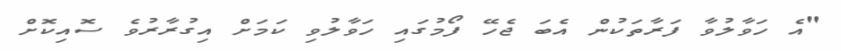
"އެ ހަވާލުވާ ފަރާތަކުން އެބަ ޖެހޭ ފޯމުގައި ހަވާލުވި ކަމަށް އިގުރާރުވެ ސޮއިކޮށް